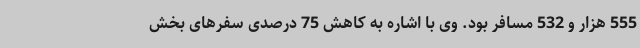
555 هزار و 532 مسافر بود. وی با اشاره به کاهش 75 درصدی سفرهای بخش